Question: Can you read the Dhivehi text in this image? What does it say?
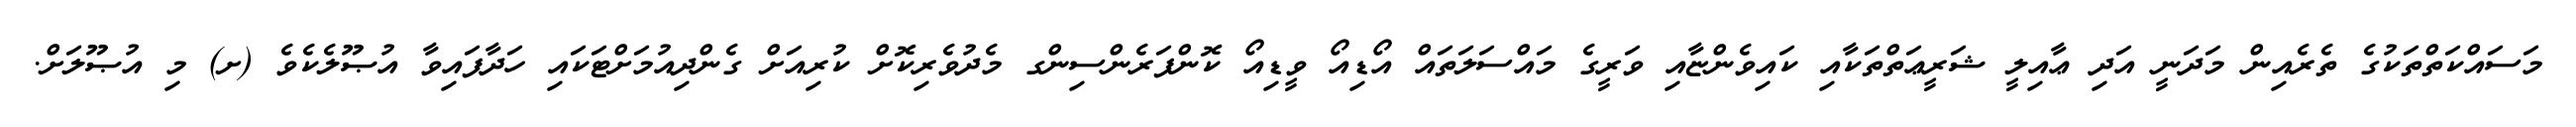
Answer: މަސައްކަތްތަކުގެ ތެރެއިން މަދަނީ އަދި ޢާއިލީ ޝަރީޢަތްތަކާއި ކައިވެންޏާއި ވަރީގެ މައްސަލަތައް އޯޑިއޯ ވީޑިއޯ ކޮންފަރެންސިންގ މެދުވެރިކޮށް ކުރިއަށް ގެންދިއުމަށްޓަކައި ހަދާފައިވާ އުޞޫލެކެވެ (ށ) މި އުޞޫލަށް.